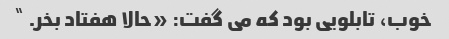
خوب، تابلویی بود که می گفت: «حالا هفتاد بخر. ”